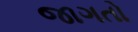
જાગતો